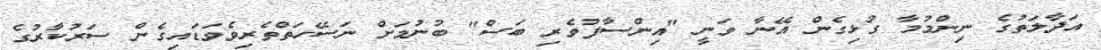
އަދާލަތުގެ ނިންމުމާ ގުޅިގެން އޭނާ ވަނީ "އިންސާފުވެރި ބަސް" ބުނުމަށް ނަސޭހަތްތެރިވެވަޑައިގެން ސަރުކާރުގެ